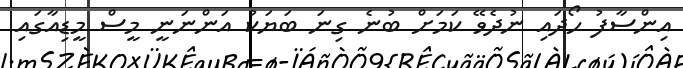
އިންސާފު ހޯދައި ނުދެވޭ ކަމަށް ބުނެ ގިނަ ބަޔަކު އަންނަނީ މީސް މީޑިއާގައި